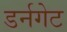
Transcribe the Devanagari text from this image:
डर्नगेट